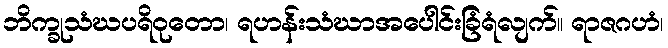
ဘိက္ခုသံဃပရိဝုတော၊ ရဟန်းသံဃာအပေါင်းခြံရံလျက်။ ရာဇဂဟံ၊